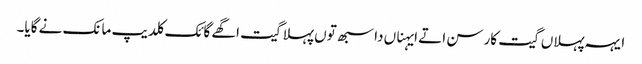
ایہہ پہلاں گیت کار سن اتے ایہناں دا سبھ توں پہلا گیت اگھے گائک کلدیپ مانک نے گایا۔